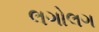
લગોલગ